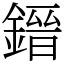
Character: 𨫌